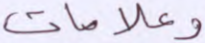
وعلامات